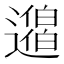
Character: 𨘐